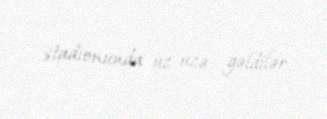
stadionunda üz-üzə gəldilər.